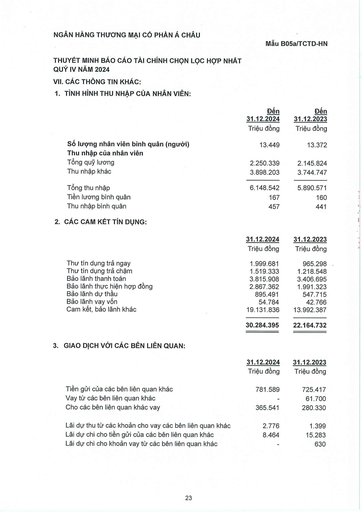
||Đến 31.12.2024|Đến 31.12.2023| |---|---|---| ||Triệu đồng|Triệu đồng| |Số lượng nhân viên bình quân (người)|13.449|13.372| |Thu nhập của nhân viên||| |Tổng quỹ lương|2.250.339|2.145.824| |Thu nhập khác|3.898.203|3.744.747| |Tổng thu nhập|6.148.542|5.890.571| |Tiền lương bình quân|167|160| |Thu nhập bình quân|457|441| ||31.12.2024|31.12.2023| |---|---|---| ||Triệu đồng|Triệu đồng| |Thu tín dụng trả ngay|1.999.681|965.298| |Thu tín dụng trả chậm|1.519.333|1.218.548| |Bảo lãnh thanh toán|3.815.908|3.406.695| |Bảo lãnh thực hiện hợp đồng|2.867.362|1.991.323| |Bảo lãnh dự thầu|895.491|547.715| |Bảo lãnh vay vốn|54.784|42.766| |Cam kết, bảo lãnh khác|19.131.836|13.992.387| ||30.284.395|22.164.732| ||31.12.2024|31.12.2023| |---|---|---| ||Triệu đồng|Triệu đồng| |Tiền gửi của các bên liên quan khác|781.589|725.417| |Vay từ các bên liên quan khác||61.700| |Cho các bên liên quan khác vay|365.541|280.330| |Lãi dự thu từ các khoản cho vay các bên liên quan khác|2.776|1.399| |Lãi dự chi cho tiền gửi của các bên liên quan khác|8.464|15.283| |Lãi dự chi cho khoản vay từ các bên liên quan khác|-|630|